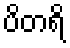
ပိတရိ